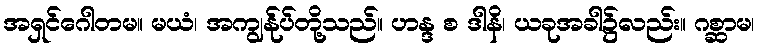
အရှင်ဂေါတမ။ မယံ၊ အကျွန်ုပ်တို့သည်။ ဟန္ဒ စ ဒါနိ၊ ယခုအခါ၌လည်း။ ဂစ္ဆာမ၊